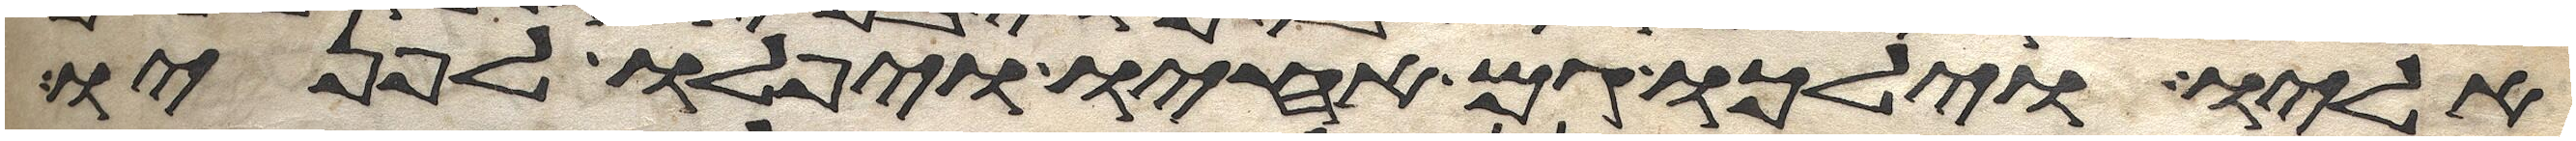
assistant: אליו וילכו גם אחיו ויפלו לפניו